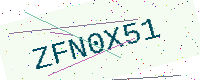
Text: ZFN0X51